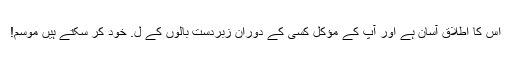
اس کا اطلاق آسان ہے اور آپ کے مؤکل کسی کے دوران زبردست بالوں کے ل. خود کر سکتے ہیں موسم!